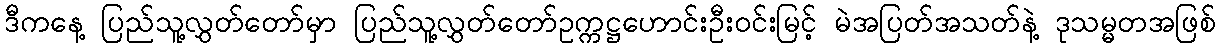
ဒီကနေ့ ပြည်သူ့လွှတ်တော်မှာ ပြည်သူ့လွှတ်တော်ဥက္ကဋ္ဌဟောင်းဦးဝင်းမြင့် မဲအပြတ်အသတ်နဲ့ ဒုသမ္မတအဖြစ်